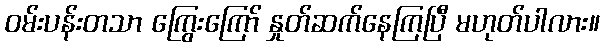
ဝမ်းပန်းတသာ ကြွေးကြော် နှုတ်ဆက်နေကြပြီ မဟုတ်ပါလား။